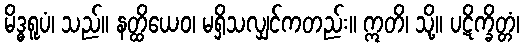
မိဒ္ဓရူပံ၊ သည်။ နတ္ထိယေဝ၊ မရှိသလျှင်ကတည်း။ ဣတိ၊ သို့။ ပဋိက္ခိတ္တံ၊